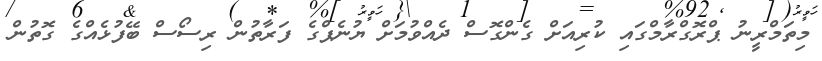
މިތަމްރީނު ޕްރޮގްރާމްގައި ކުރިއަށް ގެންގޮސް ދެއްވުމަށް ޔުނެޕްގެ ފަރާތުން ރިސޯސް ބޭފުޅެއްގެ ގޮތުން